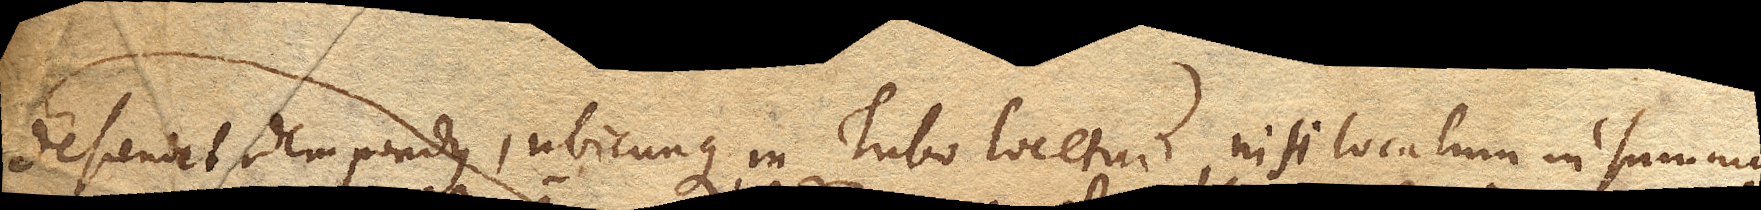
descendet idem pondus, ubicunque in Tubo locetur, nisi locatum in summo